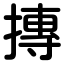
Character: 摶